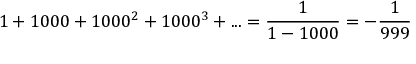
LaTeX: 1 + 1 0 0 0 + 1 0 0 0 ^ { 2 } + 1 0 0 0 ^ { 3 } + . . . = { \frac { 1 } { 1 - 1 0 0 0 } } = - { \frac { 1 } { 9 9 9 } }